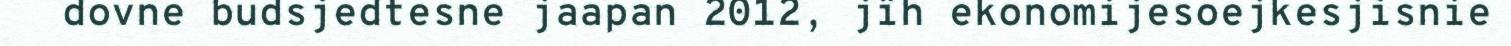
dovne budsjedtesne jaapan 2012, jïh ekonomijesoejkesjisnie